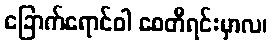
ခြောက်ရောင်ဝါ စေတီရင်းမှာလ၊